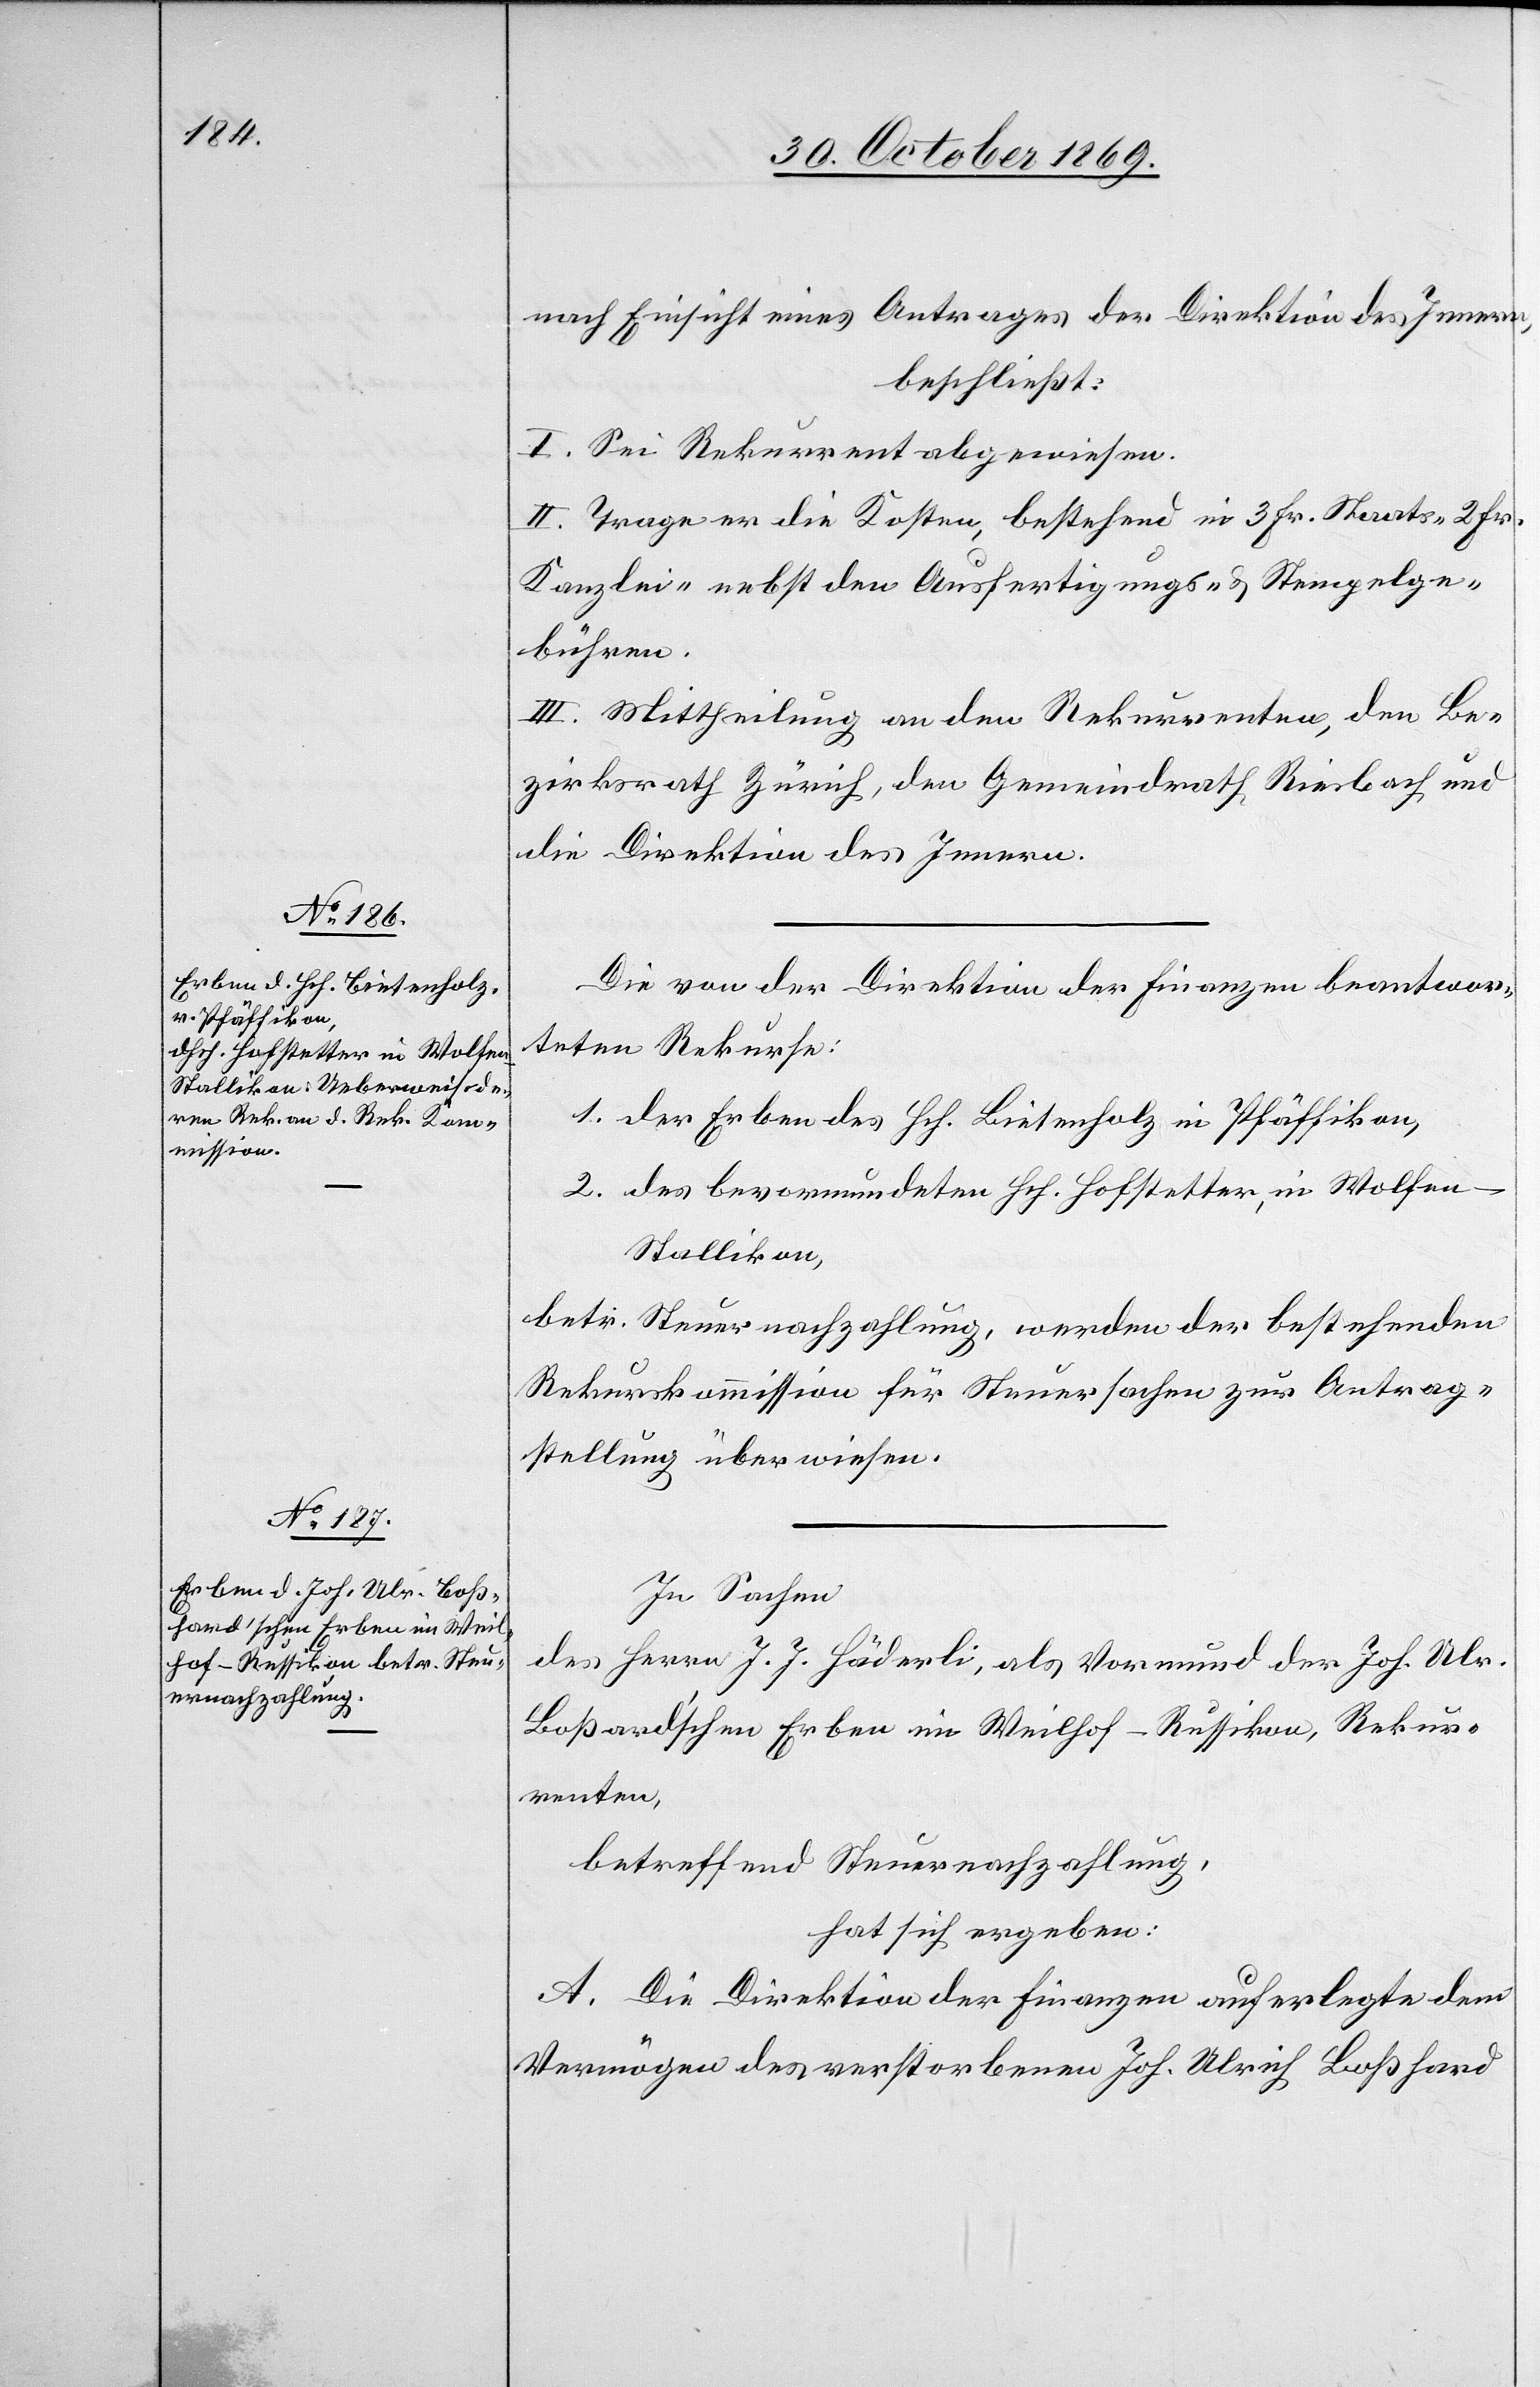
nach Einsicht eines Antrages der Direktion des Innern,
beschließt:
I. Sei Rekurrent abgewiesen.
II. Trage er die Kosten, bestehend in 3 Fr. Staats-[,] 2 Fr.
Kanzlei-[,] nebst den Ausfertigungs- & Stempelge¬
bühren.
III. Mittheilung an den Rekurrenten, den Be¬
zirksrath Zürich, den Gemeindrath Riesbach und
die Direktion des Innern.
Die von der Direktion der Finanzen beantwor¬
teten Rekurse:
1. der Erben des Hch. Bietenholz in Pfäffikon,
2. des bevormundeten Hch. Hofstetter, in Wolfen
Stallikon,
betr. Steuernachzahlung, werden der bestehenden
Rekurskommission für Steuersachen zur Antrag¬
stellung überwiesen.
In Sachen
des Herrn J. J. Häderli, als Vormund der Joh. Ulr.
Boßard’schen Erben im Weilhof - Russikon, Rekur¬
renten,
betreffend Steuernachzahlung,
hat sich ergeben:
A. Die Direktion der Finanzen auferlegte dem
Vermögen des verstorbenen Joh. Ulrich Boßhard